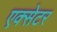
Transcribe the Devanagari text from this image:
एक्‍सेटर